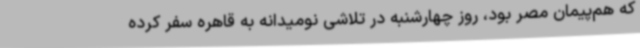
که هم‌پیمان مصر بود، روز چهارشنبه در تلاشی نومیدانه به قاهره سفر کرده